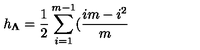
h _ { \mathbf { \Lambda } } = \frac { 1 } { 2 } \sum _ { i = 1 } ^ { m - 1 } ( \frac { i m - i ^ { 2 } } { m }